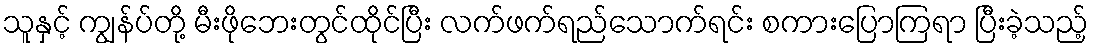
သူနှင့် ကျွန်ပ်တို့ မီးဖိုဘေးတွင်ထိုင်ပြီး လက်ဖက်ရည်သောက်ရင်း စကားပြောကြရာ ပြီးခဲ့သည့်